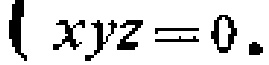
\(xyz = 0.\)